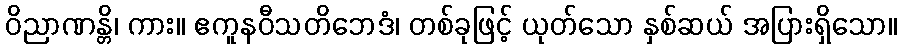
ဝိညာဏန္တိ၊ ကား။ ဧကူနဝီသတိဘေဒံ၊ တစ်ခုဖြင့် ယုတ်သော နှစ်ဆယ် အပြားရှိသော။